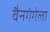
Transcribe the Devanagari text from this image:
वैनगंगेला